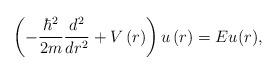
LaTeX: \begin{align*}\left( -\frac{\hbar^{2}}{2m}\frac{d^{2}}{dr^{2}}+V\left( r\right) \right)u\left( r\right) =Eu(r),\end{align*}